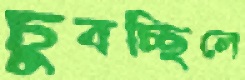
চুবচ্ছিলে